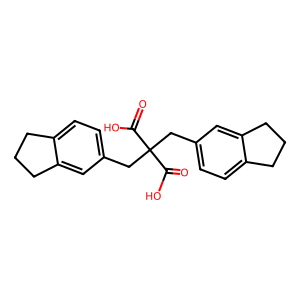
SMILES: O=C(O)C(Cc1ccc2c(c1)CCC2)(Cc1ccc2c(c1)CCC2)C(=O)O
Inhibits HIV replication: No